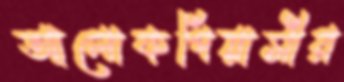
আলোকপিয়াসীর